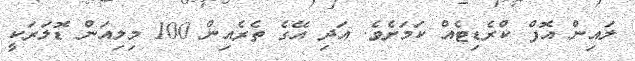
ލައިން އޮފް ކްރެޑިޓެއް ކަމަށެވެ. އަދި އޭގެ ތެރެއިން 100 މިލިއަން ޑޮލަރަކީ